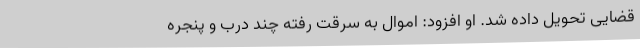
قضایی تحویل داده شد. او افزود: اموال به سرقت رفته چند درب و پنجره